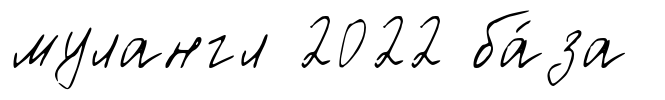
мулангл 2022 ба́за